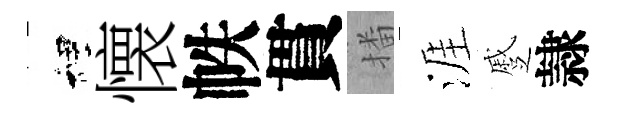
裡懐帙貫播涯蹙隷